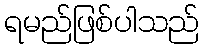
ရမည်ဖြစ်ပါသည်